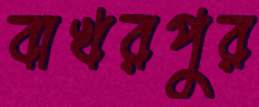
বাখরপুর